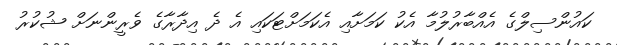
ކައުންސިލްގެ އެއްބާރުލުމާ އެކު ކަމަށާއި އެކަމަށްޓަކައި އެ ދެ އިދާރާގެ ވެރީންނަށް ޝުކުރު